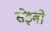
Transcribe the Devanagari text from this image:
सेइबो